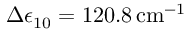
\Delta \epsilon _ { 1 0 } = 1 2 0 . 8 \, \mathrm { c m } ^ { - 1 }